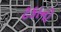
ટકાનો